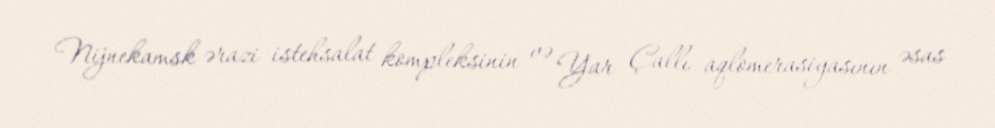
Nijnekamsk ərazi istehsalat kompleksinin və Yar Çallı aqlomerasiyasının əsas